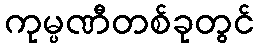
ကုမ္ပဏီတစ်ခုတွင်